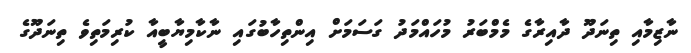
ނާޒިމާއި ތިނަދޫ ދާއިރާގެ މެމްބަރު މުހައްމަދު ގަސަމަށް އިންތިހާބުގައި ނާކާމިޔާބީއާ ކުރިމަތިވެ ތިނަދޫގެ